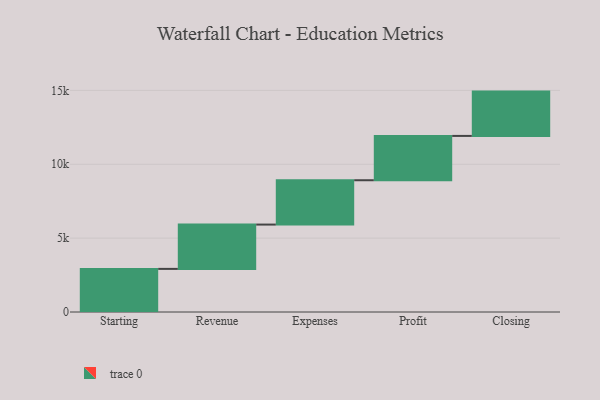
{"axis": {"x": "Step", "y": "Value"}, "legend": [""], "data": [{"x": "Starting", "y": 2918.0, "type": ""}, {"x": "Revenue", "y": 3000, "type": ""}, {"x": "Expenses", "y": 3000, "type": ""}, {"x": "Profit", "y": 3000, "type": ""}, {"x": "Closing", "y": 3000, "type": ""}]}